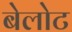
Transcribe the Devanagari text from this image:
बेलोट